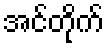
အင်တိုက်